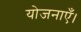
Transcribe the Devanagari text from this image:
योजनाएँ।